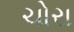
ચોરા